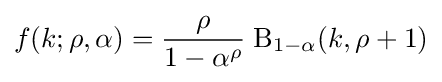
f(k;\rho ,\alpha )={\frac {\rho }{1-\alpha ^{\rho }}}\;\mathrm {B} _{1-\alpha }(k,\rho +1)